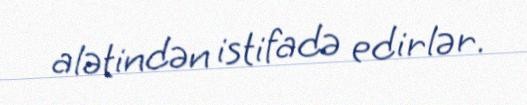
alətindən istifadə edirlər.